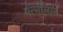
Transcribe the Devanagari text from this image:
पत्नीलाभ